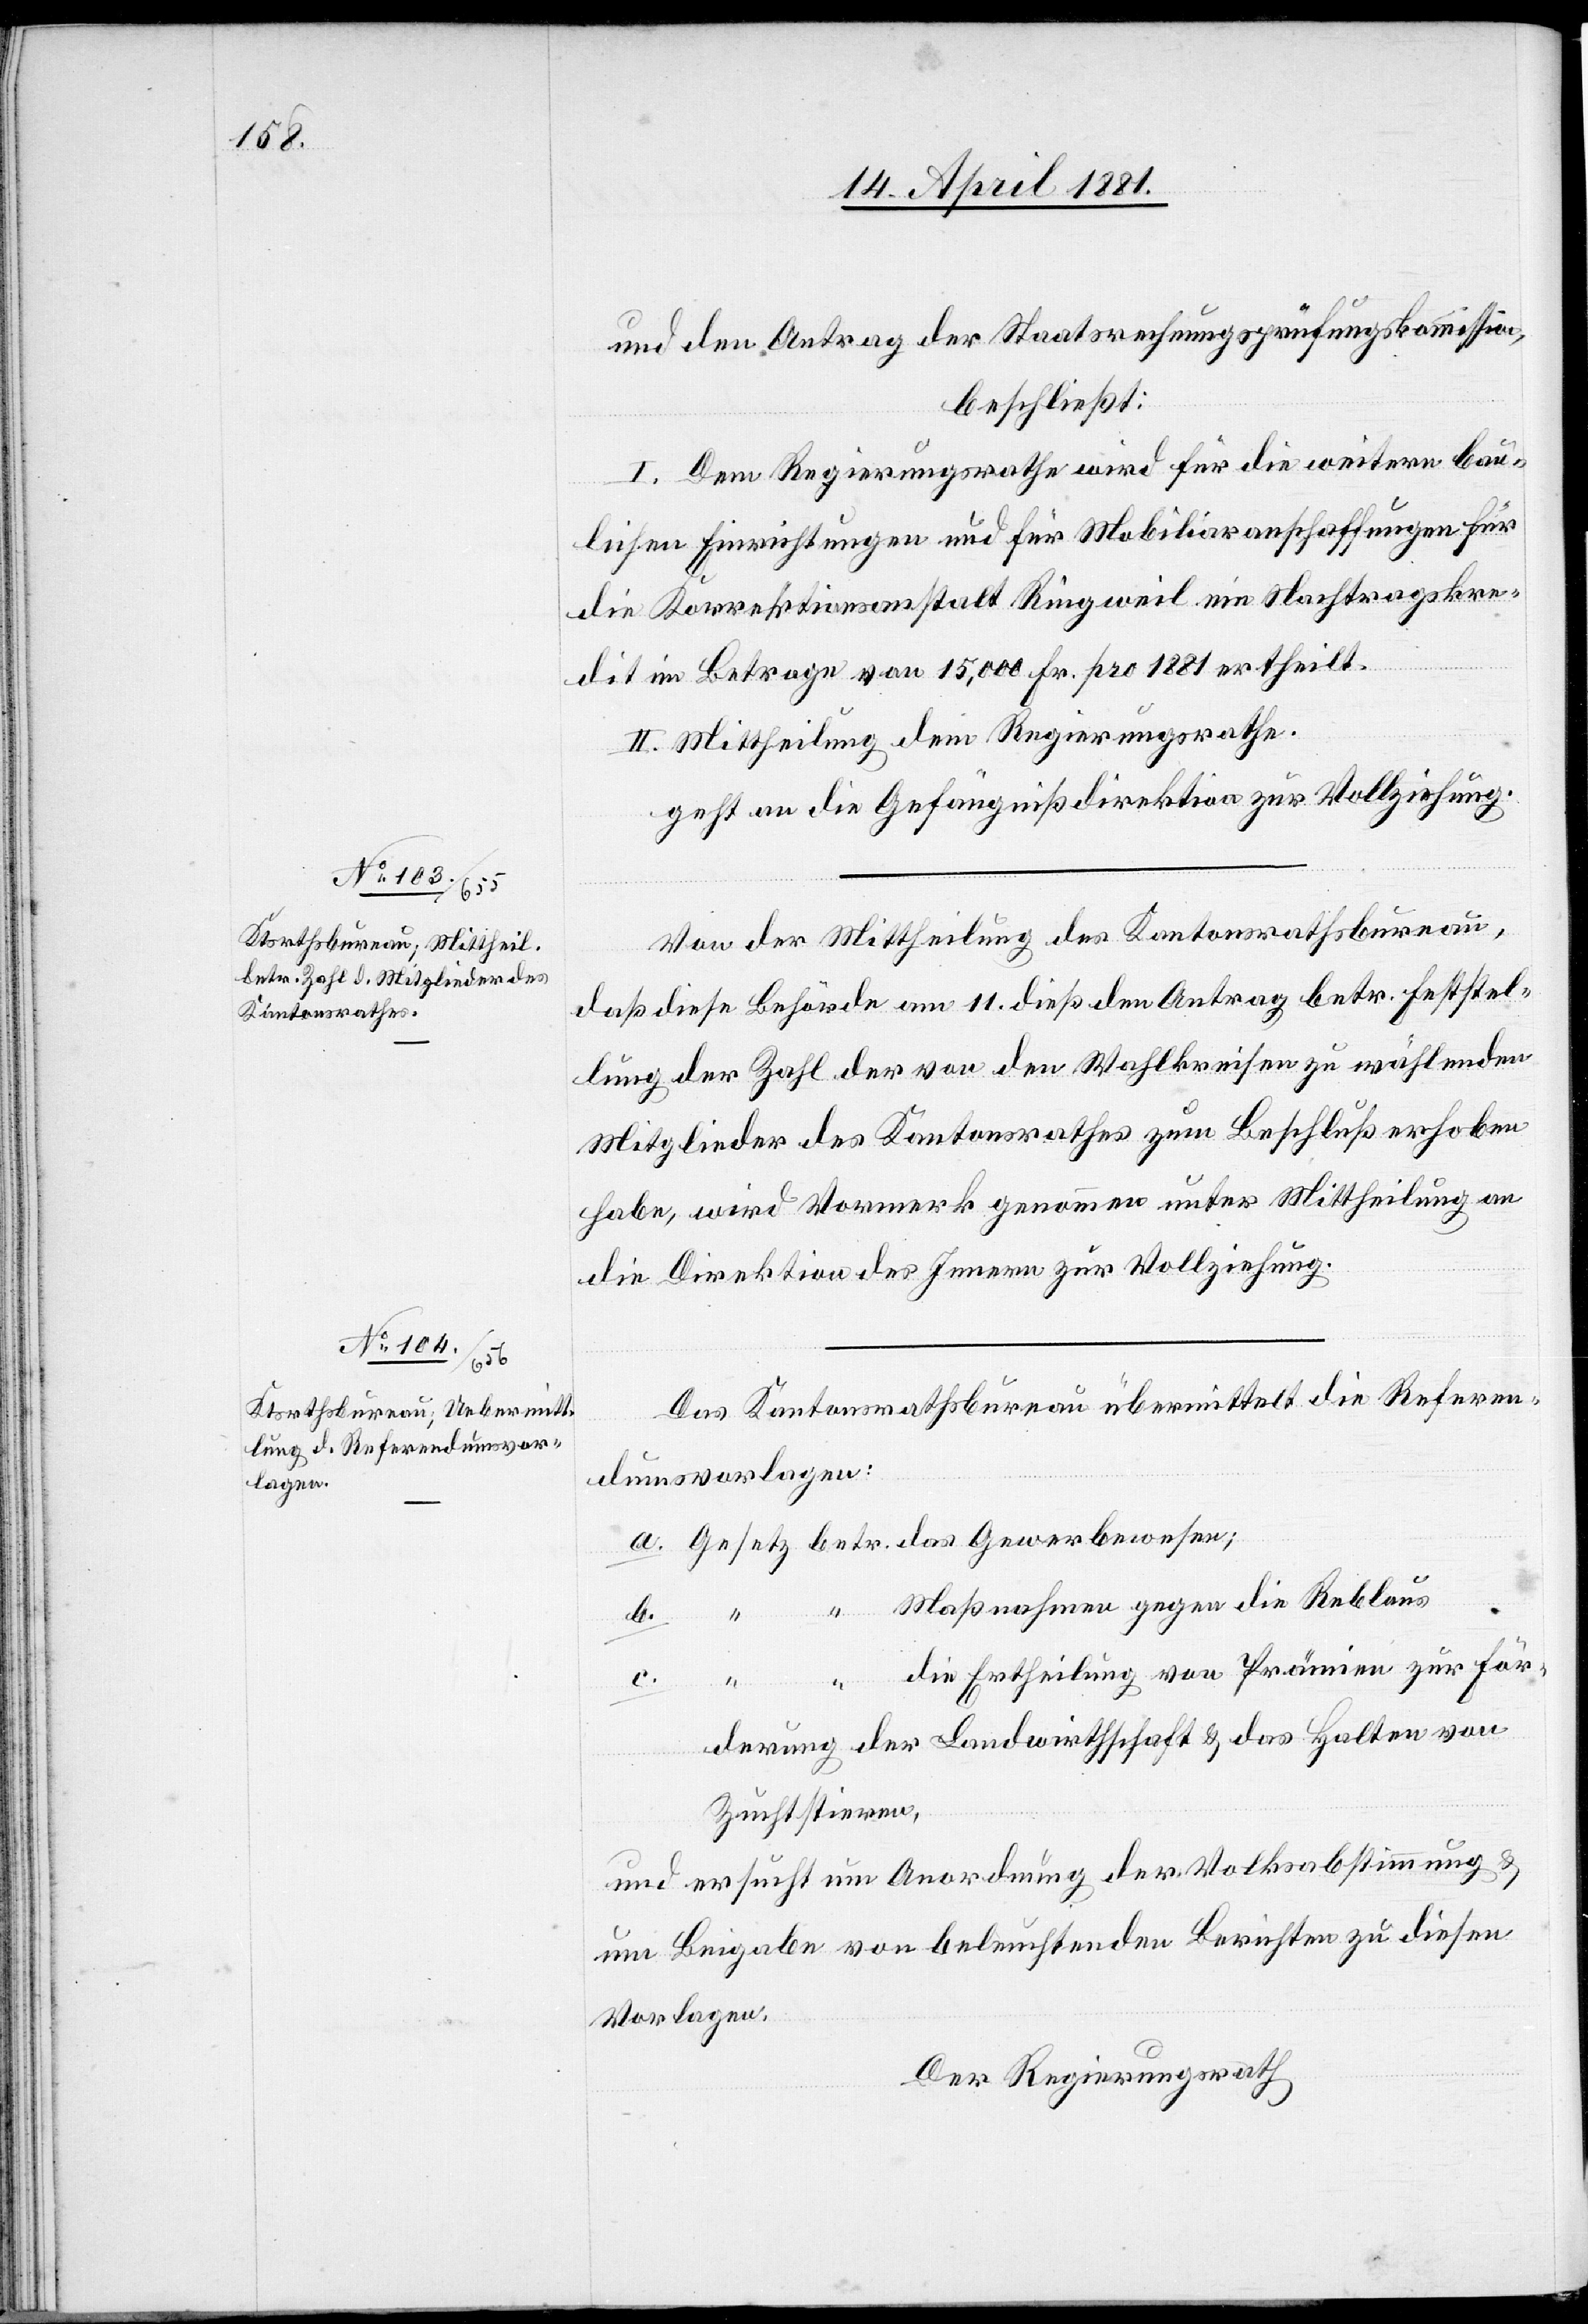
und den Antrag der Staatsrechnungsprüfungskomission,
beschließt:
I. Dem Regierungsrathe wird für die weiteren bau¬
lichen Einrichtungen und für Mobiliaranschaffungen für
die Korrektionsanstalt Ringweil ein Nachtragskre¬
dit im Betrage von 15,000 Fr. pro 1881 ertheilt.
II. Mittheilung dem Regierungsrathe.
geht an die Gefängnißdirektion zur Vollziehung.
Von der Mittheilung des Kantonsrathsbureau,
daß diese Behörde am 11. dieß den Antrag betr. Feststel¬
lung der Zahl der von den Wahlkreisen zu wählenden
Mitglieder des Kantonsrathes zum Beschluß erhoben
habe, wird Vormerk genommen unter Mittheilung an
die Direktion des Innern zur Vollziehung
Das Kantonsrathsbureau übermittelt die Referen¬
dumsvorlagen:
die Ertheilung von Prämien zur För¬
c.
derung der Landwirthschaft & das Halten von
Zuchttieren,
und ersucht um Anordnung der Volksabstimmung &
um Beigabe von beleuchtenden Berichten zu diesen
Vorlagen.
Der Regierungsrath,